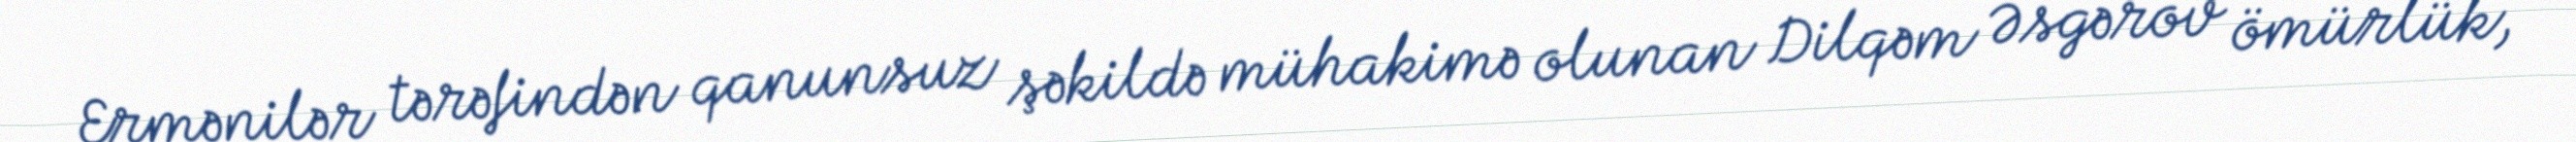
Ermənilər tərəfindən qanunsuz şəkildə mühakimə olunan Dilqəm Əsgərov ömürlük,